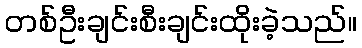
တစ်ဦးချင်းစီးချင်းထိုးခဲ့သည်။